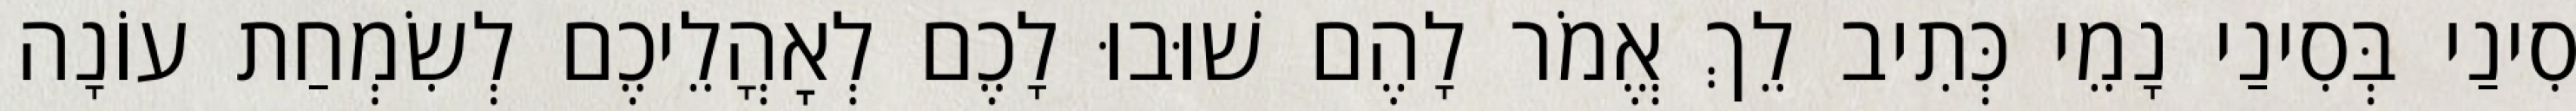
סִינַי בְּסִינַי נָמֵי כְּתִיב לֵךְ אֱמֹר לָהֶם שׁוּבוּ לָכֶם לְאׇהֳלֵיכֶם לְשִׂמְחַת עוֹנָה